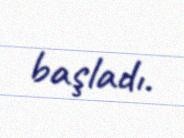
başladı.